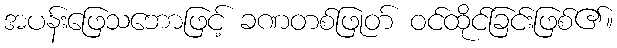
အပန်းဖြေသဘောဖြင့် ခဏတစ်ဖြုတ် ဝင်ထိုင်ခြင်းဖြစ်၏။